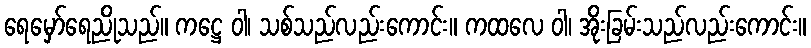
ရေမှော်ရေညိုသည်။ ကဋ္ဌေ ဝါ၊ သစ်သည်လည်းကောင်း။ ကထလေ ဝါ၊ အိုးခြမ်းသည်လည်းကောင်း။